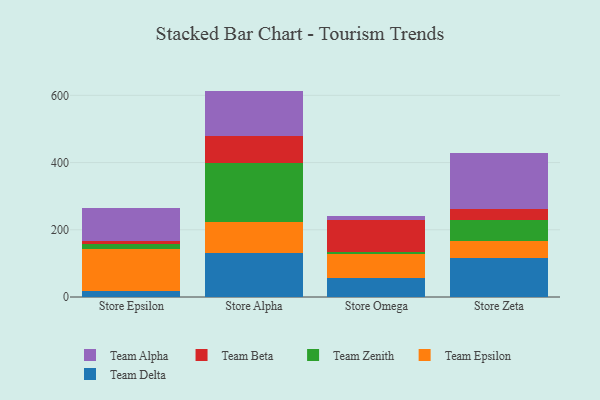
{"axis": {"x": "Store", "y": "Production Output"}, "legend": ["Team Alpha", "Team Beta", "Team Delta", "Team Epsilon", "Team Zenith"], "data": [{"x": "Store Epsilon", "y": 19.2, "type": "Team Delta"}, {"x": "Store Epsilon", "y": 122.2, "type": "Team Epsilon"}, {"x": "Store Epsilon", "y": 16.7, "type": "Team Zenith"}, {"x": "Store Epsilon", "y": 8.2, "type": "Team Beta"}, {"x": "Store Epsilon", "y": 99.7, "type": "Team Alpha"}, {"x": "Store Alpha", "y": 130.6, "type": "Team Delta"}, {"x": "Store Alpha", "y": 91.6, "type": "Team Epsilon"}, {"x": "Store Alpha", "y": 175.4, "type": "Team Zenith"}, {"x": "Store Alpha", "y": 80.4, "type": "Team Beta"}, {"x": "Store Alpha", "y": 135.4, "type": "Team Alpha"}, {"x": "Store Omega", "y": 56.1, "type": "Team Delta"}, {"x": "Store Omega", "y": 70.7, "type": "Team Epsilon"}, {"x": "Store Omega", "y": 8.4, "type": "Team Zenith"}, {"x": "Store Omega", "y": 93.9, "type": "Team Beta"}, {"x": "Store Omega", "y": 11.8, "type": "Team Alpha"}, {"x": "Store Zeta", "y": 116.8, "type": "Team Delta"}, {"x": "Store Zeta", "y": 51.0, "type": "Team Epsilon"}, {"x": "Store Zeta", "y": 62.0, "type": "Team Zenith"}, {"x": "Store Zeta", "y": 32.0, "type": "Team Beta"}, {"x": "Store Zeta", "y": 166.6, "type": "Team Alpha"}]}